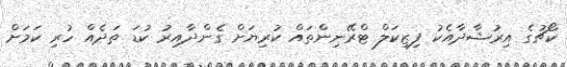
ކޯޗުގެ އިރުޝާދާއެކު ފިޒިކަލް ޓްރޭނިންތައް ކުރިޔަށް ގެންދާއިރު ކުޑަ ތަދެއް ހުރި ކަމަށް